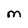
Character: M